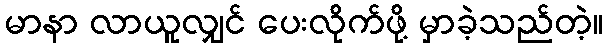
မာနာ လာယူလျှင် ပေးလိုက်ဖို့ မှာခဲ့သည်တဲ့။